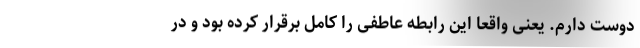
دوست دارم. یعنی واقعا این رابطه عاطفی را کامل برقرار کرده بود و در